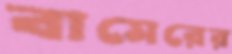
বামেরের